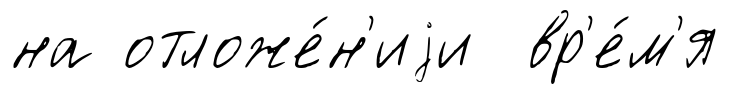
на отложе́н'иjи вр'е́м'я